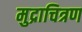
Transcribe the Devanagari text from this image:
मुद्राचित्रण